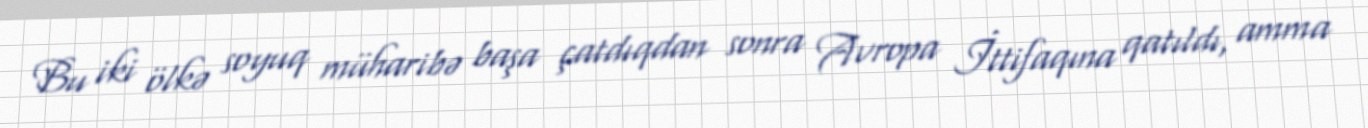
Bu iki ölkə soyuq müharibə başa çatdıqdan sonra Avropa İttifaqına qatıldı, amma